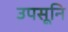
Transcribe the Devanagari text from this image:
उपसूनि